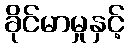
ခိုင်မာမှုနှင့်